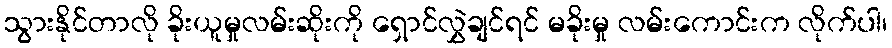
သွားနိုင်တာလို ခိုးယူမှုလမ်းဆိုးကို ရှောင်လွှဲချင်ရင် မခိုးမှု လမ်းကောင်းက လိုက်ပါ၊